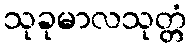
သုခုမာလသုတ္တံ